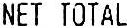
NET TOTAL